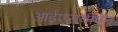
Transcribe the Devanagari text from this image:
आईएसबीऍन